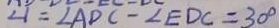
\angle 1 = \angle A D C - \angle E D C = 3 0 ^ { \circ }